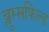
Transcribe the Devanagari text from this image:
ब्लूम्सफिल्ड